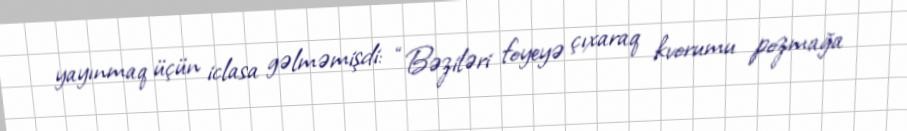
yayınmaq üçün iclasa gəlməmişdi: “Bəziləri foyeyə çıxaraq kvorumu pozmağa